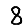
Digit: 8